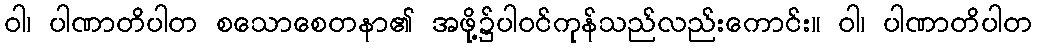
ဝါ၊ ပါဏာတိပါတ စသောစေတနာ၏ အဖို့၌ပါဝင်ကုန်သည်လည်းကောင်း။ ဝါ၊ ပါဏာတိပါတ